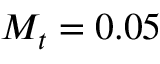
M _ { t } = 0 . 0 5